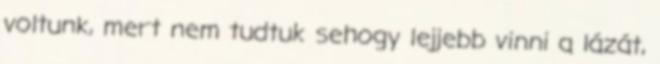
voltunk, mert nem tudtuk sehogy lejjebb vinni a lázát,